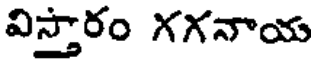
విస్తారం గగనాయ